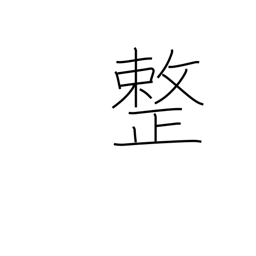
Meaning: meter